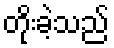
တိုးခဲ့သည်